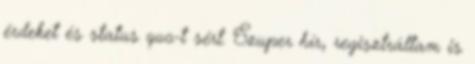
érdeket és status quo-t sért. Szuper hír, regisztráltam is